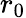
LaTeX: r_{0}